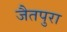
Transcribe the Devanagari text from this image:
जैतपुरा